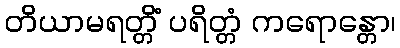
တိယာမရတ္တိံ ပရိတ္တံ ကရောန္တော၊